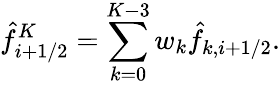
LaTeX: \hat{f}_{i+1/2}^{K}=\sum_{k=0}^{K-3}w_{k}\hat{f}_{k,i+1/2}.